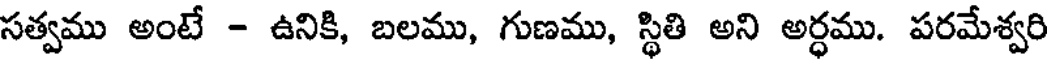
సత్వము అంటే - ఉనికి, బలము, గుణము, స్థితి అని అర్ధము. పరమేశ్వరి